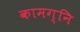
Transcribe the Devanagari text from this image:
कामग्नि